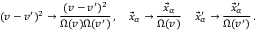
( v - v ^ { \prime } ) ^ { 2 } \rightarrow \frac { ( v - v ^ { \prime } ) ^ { 2 } } { \Omega ( v ) \Omega ( v ^ { \prime } ) } \, , \quad \vec { x } _ { \alpha } \rightarrow \frac { \vec { x } _ { \alpha } } { \Omega ( v ) } \, \quad \vec { x } _ { \alpha } ^ { \prime } \rightarrow \frac { \vec { x } _ { \alpha } ^ { \prime } } { \Omega ( v ^ { \prime } ) } \, .